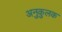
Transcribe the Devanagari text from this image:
अनुकुलक